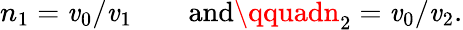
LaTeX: n_{1}=\mathit{v}_{0}/\mathit{v}_{1}\qquad\mathrm{{and}}\qquadn_{2}=\mathit{v}_{0}/\mathit{v}_{2}.